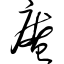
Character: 庵